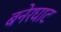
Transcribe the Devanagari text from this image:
बनेरघाट